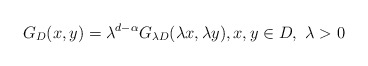
\begin{align*}G_{D}(x,y)=\lambda^{d-\alpha}G_{\lambda D}(\lambda x, \lambda y),x,y\in D,\ \lambda>0\end{align*}